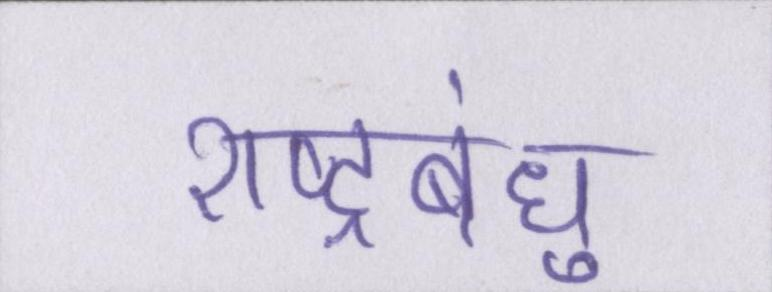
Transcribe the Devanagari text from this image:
राष्ट्रबंधु